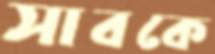
সাবকে